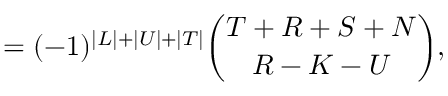
= ( - 1 ) ^ { \vert L \vert + \vert U \vert + \vert T \vert } { \binom { T + R + S + N } { R - K - U } } ,